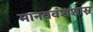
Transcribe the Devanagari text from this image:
मानववंशशास्र